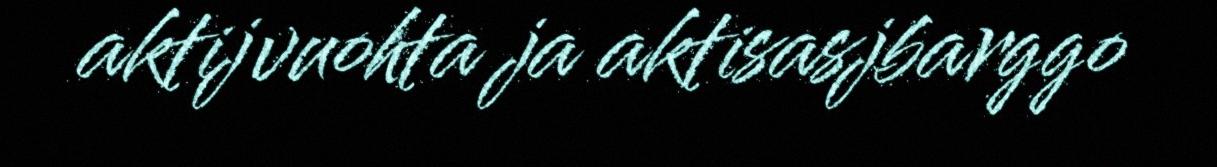
aktijvuohta ja aktisasjbarggo